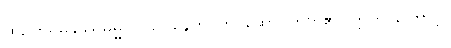
ထိုဥတ္တရိမနုဿဓမ္မကို။ ဥပနေတိ၊ ကပ်ဆောင်တတ်၏။ ဣတိ၊ ကြောင့်။